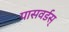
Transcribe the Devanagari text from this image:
पासवर्डस्